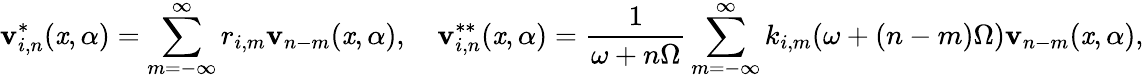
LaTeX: \mathbf{v}_{i,n}^{*}(\mathit{x},\alpha)=\sum_{m=-\infty}^{\infty}r_{i,m}\mathbf{v}_{n-m}(\mathit{x},\alpha),\quad\mathbf{v}_{i,n}^{**}(\mathit{x},\alpha)=\frac{{1}}{{\omega+n\Omega}}\sum_{m=-\infty}^{\infty}k_{i,m}(\omega+(n-m)\Omega)\mathbf{v}_{n-m}(\mathit{x},\alpha),